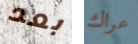
بعد عراك